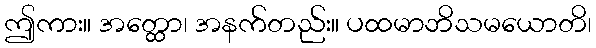
ဤကား။ အတ္ထော၊ အနက်တည်း။ ပထမာဘိသမယောတိ၊